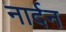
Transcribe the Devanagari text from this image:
नार्दन